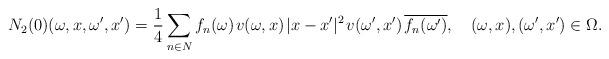
LaTeX: \begin{align*}N_2(0)(\omega,x,\omega',x')=\frac14\sum_{n\in N}f_n(\omega)\;\!v(\omega,x)\;\!|x-x'|^2\;\!v(\omega',x')\;\!\overline{f_n(\omega')},\quad(\omega,x),(\omega',x')\in\Omega.\end{align*}